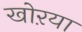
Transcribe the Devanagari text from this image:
खोऱया